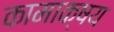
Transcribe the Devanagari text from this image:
कामाक्षय